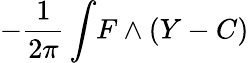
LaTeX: -{\frac{1}{2\pi}}\int\! F\wedge(Y-C)